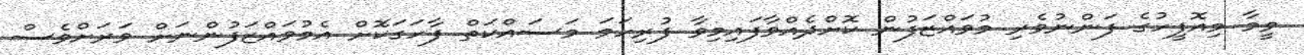
ވީމާ މިއޮފީހުގެ ފަންނުވެރި މުވައްޒަފުން ކޮށްދެއްވާފައިމިވާ ފުރިހަމަ މަސައްކަތް ފާހަގަކޮށް އެމުވައްޒަފުންނަށް ވަރަށްވެސް